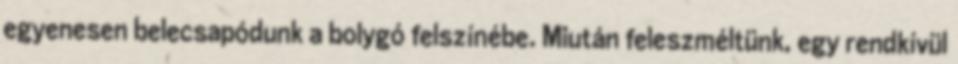
egyenesen belecsapódunk a bolygó felszínébe. Miután feleszméltünk, egy rendkívül